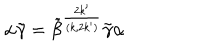
LaTeX: \alpha \tilde { \gamma } = \tilde { \beta } ^ { \frac { 2 k ^ { \prime } } { ( k , 2 k ^ { \prime } ) } } \tilde { \gamma } \alpha